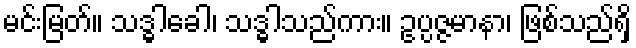
မင်းမြတ်။ သဒ္ဓါခေါ၊ သဒ္ဓါသည်ကား။ ဥပ္ပဇ္ဇမာနာ၊ ဖြစ်သည်ရှိ